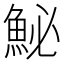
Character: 鮅